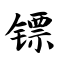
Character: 镖